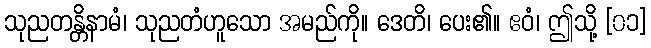
သုညတန္တိနာမံ၊ သုညတံဟူသော အမည်ကို။ ဒေတိ၊ ပေး၏။ ဧဝံ၊ ဤသို့ [၀၁]